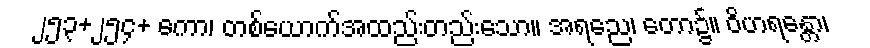
၂၅၃+၂၅၄+ ကော၊ တစ်ယောက်အထည်းတည်းသော။ အရညေ၊ တော၌။ ဝိဟရန္တော၊